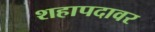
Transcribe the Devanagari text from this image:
शहापदावर